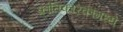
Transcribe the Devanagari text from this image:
क्रांतिकारकांमध्ये